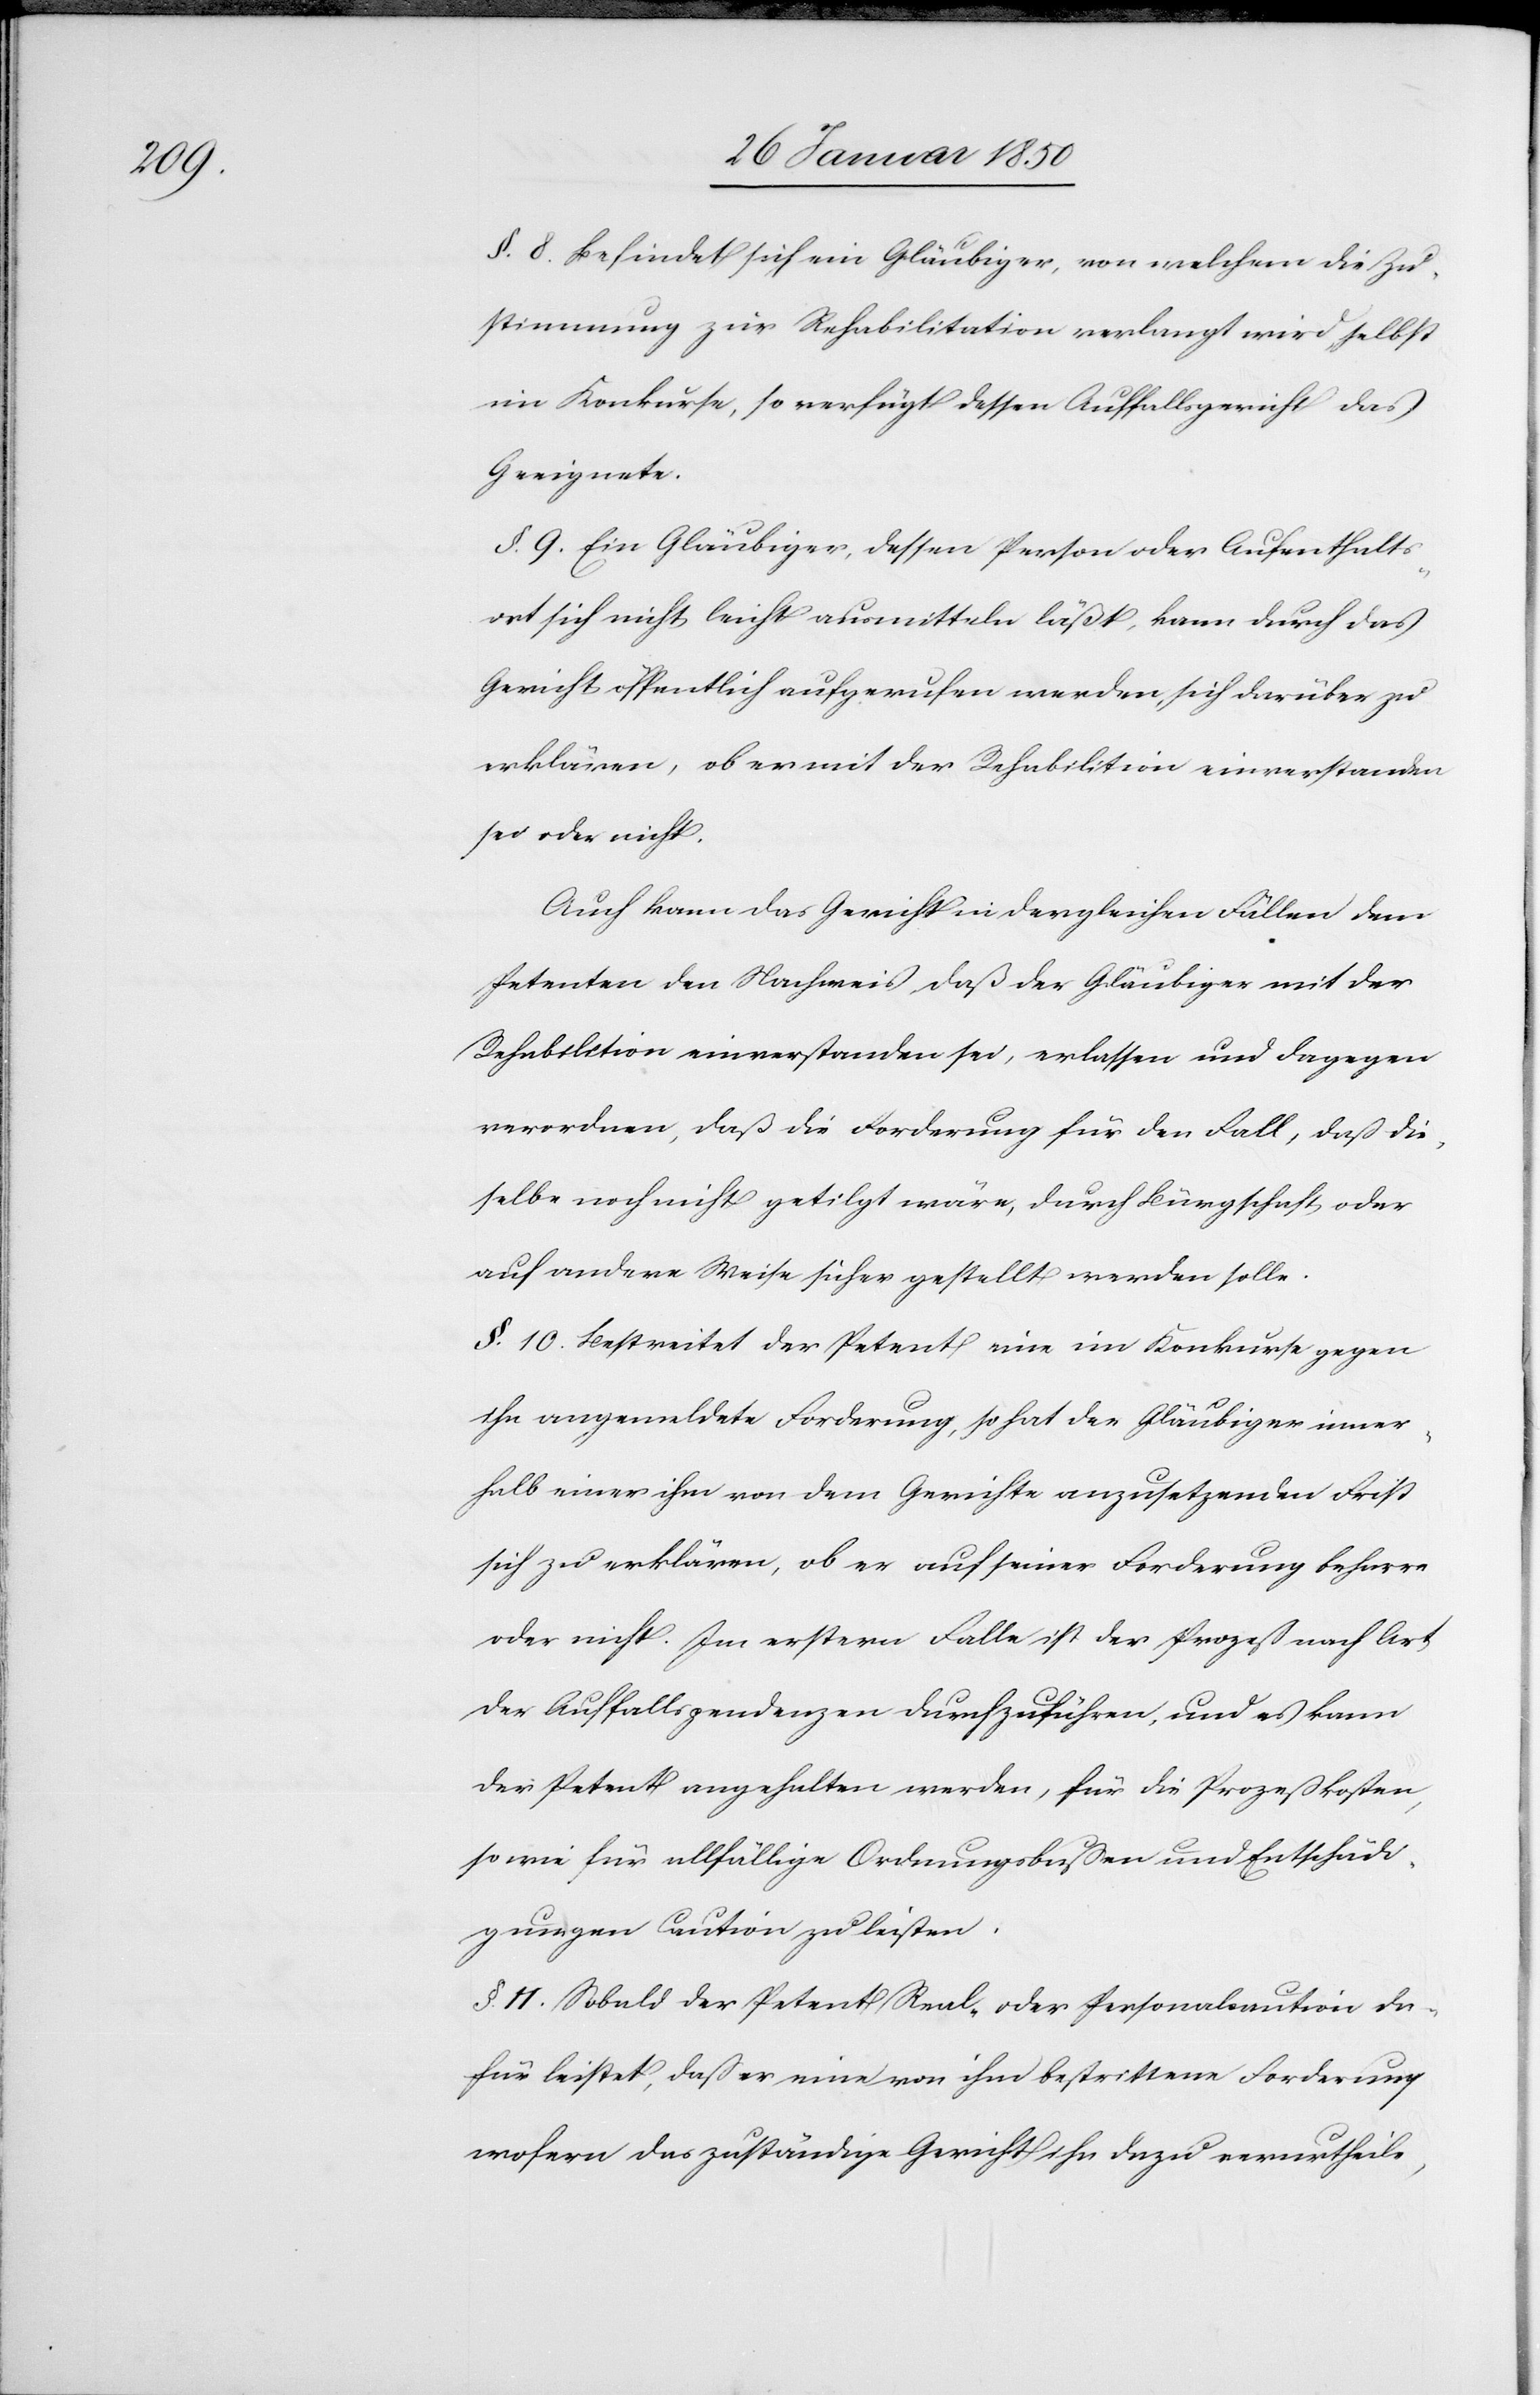
§. 8. Befindet sich ein Gläubiger, von welchem die Zu¬
stimmung zur Rehabilitation verlangt wird, selbst
im Konkurse, so verfügt dessen Auffallsgericht das
Geeignete.
§. 9. Ein Gläubiger, dessen Person oder Aufenthalts¬
ort sich nicht leicht ausmitteln läßt, kann durch das
Gericht öffentlich aufgerufen werden, sich darüber zu
erklären, ob er mit der Rehabilitation einverstanden
sei oder nicht.
Auch kann das Gericht in dergleichen Fällen dem
Petenten den Nachweis, daß der Gläubiger mit der
Rehabilition einverstanden sei, erlassen und dagegen
verordnen, daß die Forderung für den Fall, daß die¬
selbe noch nicht getilgt wäre, durch Bürgschaft oder
auf andere Weise sicher gestellt werden solle.
§. 10. Bestreitet der Petent eine im Konkurse gegen
ihn angemeldete Forderung, so hat der Gläubiger inner¬
halb einer ihm von dem Gerichte anzusetzenden Frist
sich zu erklären, ob er auf seiner Forderung beharre
oder nicht. Im erstern Falle ist der Prozeß nach Art
der Auffallspendenzen durchzuführen, und es kann
der Petent angehalten werden, für die Prozeßkosten,
so wie für allfällige Ordnungsbußen und Entschädi¬
gungen Caution zu leisten.
§. 11. Sobald der Petent Real- oder Personalcaution da¬
für leistet, daß er eine von ihm bestrittene Forderung
wofern das zuständige Gericht ihn dazu verurtheile,